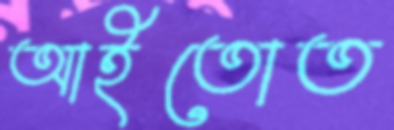
আইতোত